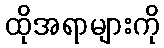
ထိုအရာများကို